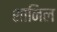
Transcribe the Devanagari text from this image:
शानिल